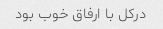
درکل با ارفاق خوب بود